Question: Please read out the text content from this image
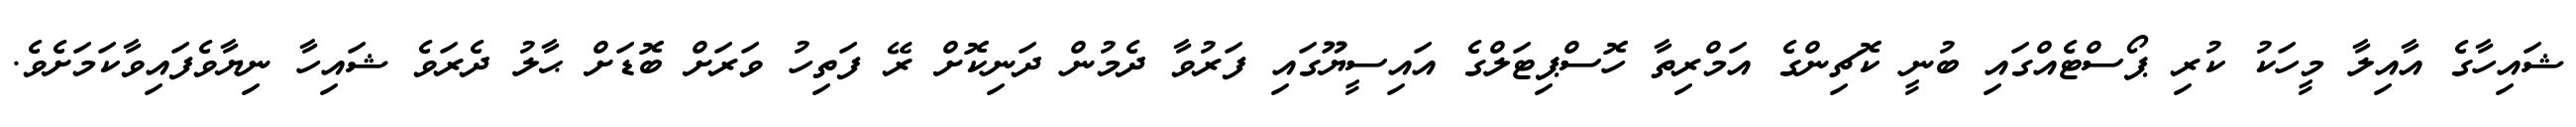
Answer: ޝައިހާގެ އާއިލާ މީހަކު ކުރި ޕޯސްޓެއްގައި ބުނީ ކޮޗިންގެ އަމްރިތާ ހޮސްޕިޓަލްގެ އައިސީޔޫގައި ފަރުވާ ދެމުން ދަނިކޮށް ރޭ ފަތިހު ވަރަށް ބޮޑަށް ޙާލު ދެރަވެ ޝައިހާ ނިޔާވެފައިވާކަމަށެވެ.